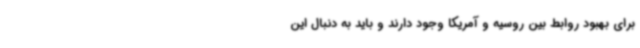
برای بهبود روابط بین روسیه و آمریکا وجود دارند و باید به دنبال این